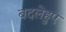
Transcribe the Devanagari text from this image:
बदलेहुए